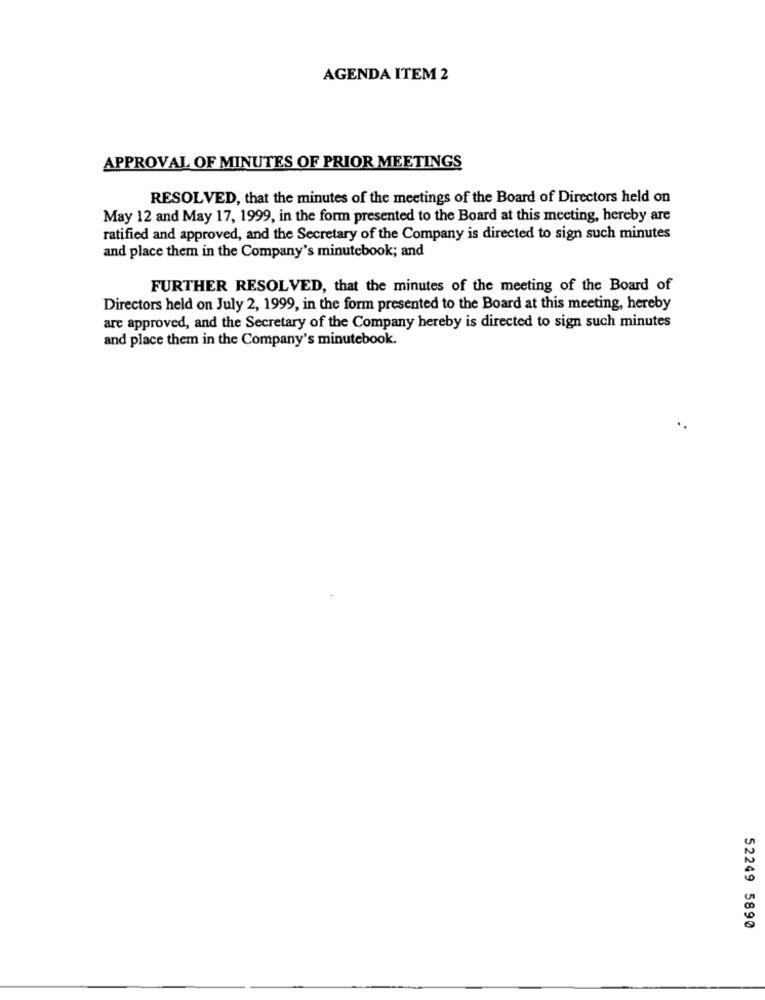
AGENDA ITEM 2
APPROVAL OF MINUTES OF PRIOR MEETINGS
RESOLVED, that the minutes of the meetings of the Board of Directors held on
May 12 and May 17, 1999, in the form presented to the Board at this meeting, hereby are
ratified and approved, and the Secretary of the Company is directed to sign such minutes
and place them in the Company's minutebook; and
FURTHER RESOLVED, that the minutes of the meeting of the Board of
Directors held on July 2, 1999, in the form presented to the Board at this meeting, hereby
are approved, and the Secretary of the Company hereby is directed to sign such minutes
and place them in the Company's minutebook.
52249 5890